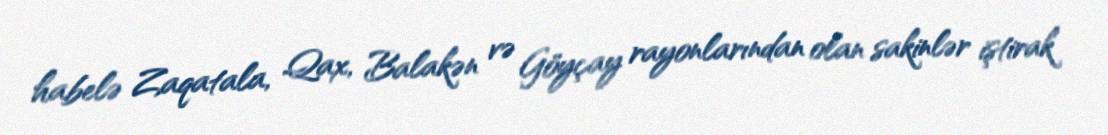
habelə Zaqatala, Qax, Balakən və Göyçay rayonlarından olan sakinlər iştirak